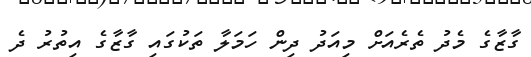
ގާޒާގެ މެދު ތެރެއަށް މިއަދު ދިން ހަމަލާ ތަކުގައި ގާޒާގެ އިތުރު ދެ